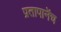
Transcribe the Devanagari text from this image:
प्रतापानेंच